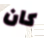
كان